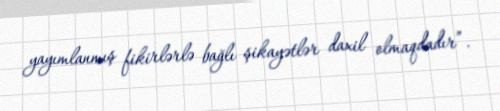
yayımlanmış fikirlərlə bağlı şikayətlər daxil olmaqdadır”.